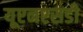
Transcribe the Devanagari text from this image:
यूएनएसडी